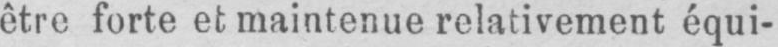
être forte et maintenue relativement équi-